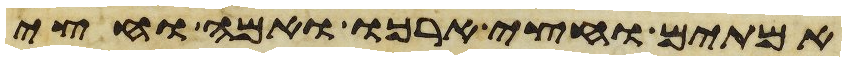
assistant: אמתים וחצי ארכו ואמה וחצי